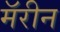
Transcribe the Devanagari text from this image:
मॅरीन